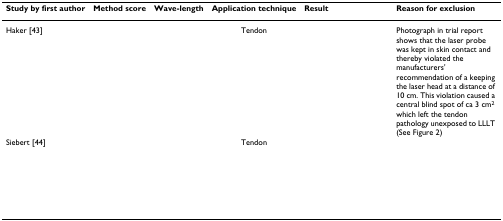
<table><thead><tr><td><b>Study by first author</b></td><td><b>Method score</b></td><td><b>Wave-length</b></td><td><b>Application technique</b></td><td><b>Result</b></td><td><b>Reason for exclusion</b></td></tr></thead><tbody><tr><td>Haker [43]</td><td>[EMPTY_CELL]</td><td>[EMPTY_CELL]</td><td>Tendon</td><td>[EMPTY_CELL]</td><td>Photograph in trial report shows that the laser probe was kept in skin contact and thereby violated the manufacturers' recommendation of a keeping the laser head at a distance of 10 cm. This violation caused a central blind spot of ca 3 cm<sup>2 </sup>which left the tendon pathology unexposed to LLLT (See Figure 2)</td></tr><tr><td>Siebert [44]</td><td>[EMPTY_CELL]</td><td>[EMPTY_CELL]</td><td>Tendon</td><td>[EMPTY_CELL]</td><td>[EMPTY_CELL]</td></tr></tbody></table>